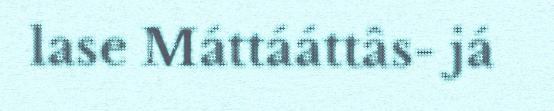
lase Máttááttâs- já